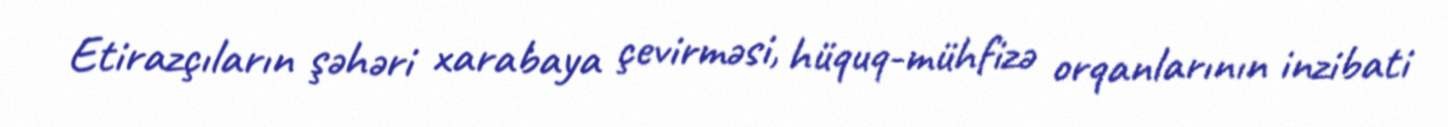
Etirazçıların şəhəri xarabaya çevirməsi, hüquq-mühfizə orqanlarının inzibati